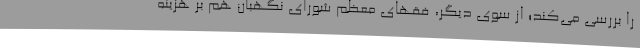
را بررسی می‌کند؛ از سوی دیگر، فقهای معظم شورای نگهبان هم بر هزینه